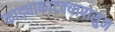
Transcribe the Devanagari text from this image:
काड्याकाटक्यापासुन